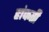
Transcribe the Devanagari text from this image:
हांफती